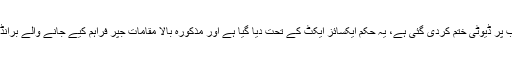
ایک مقامی اخبار نے یہ دعویٰ کیا تھا کہ ایوان صدر، وزیر اعظم اور گورنر ہاؤس کیلئے شراب پر ڈیوٹی ختم کردی گئی ہے، یہ حکم ایکسائز ایکٹ کے تحت دیا گیا ہے اور مذکورہ بالا مقامات جپر فراہم کیے جانے والے برانڈ مارکیٹ میں فروخت نہیں ہوسکیں گے اور ڈیمانڈ سے زیادہ سپلائی بھی نہیں دی جاسکے گی۔